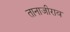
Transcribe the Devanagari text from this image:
तानाजीराव